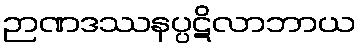
ဉာဏဒဿနပ္ပဋိလာဘာယ